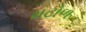
મટોળ